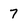
Character: 7